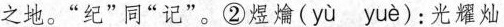
之地。”纪”同”记”。②煜( yù yuè )：光耀灿